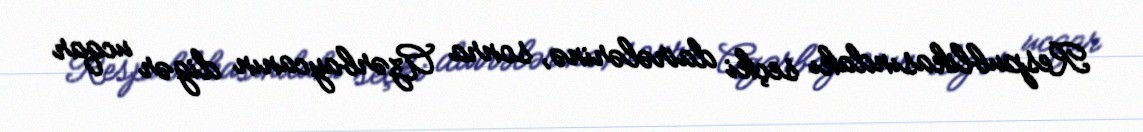
Respublikasındakı seçki dairələrinə, sonra Azərbaycanın digər ucqar